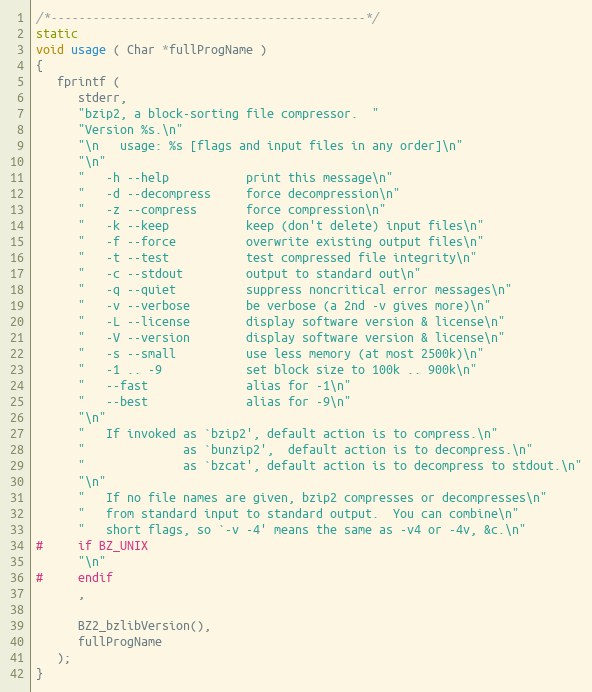
Language: C
/*---------------------------------------------*/
static
void usage ( Char *fullProgName )
{
   fprintf (
      stderr,
      "bzip2, a block-sorting file compressor.  "
      "Version %s.\n"
      "\n   usage: %s [flags and input files in any order]\n"
      "\n"
      "   -h --help           print this message\n"
      "   -d --decompress     force decompression\n"
      "   -z --compress       force compression\n"
      "   -k --keep           keep (don't delete) input files\n"
      "   -f --force          overwrite existing output files\n"
      "   -t --test           test compressed file integrity\n"
      "   -c --stdout         output to standard out\n"
      "   -q --quiet          suppress noncritical error messages\n"
      "   -v --verbose        be verbose (a 2nd -v gives more)\n"
      "   -L --license        display software version & license\n"
      "   -V --version        display software version & license\n"
      "   -s --small          use less memory (at most 2500k)\n"
      "   -1 .. -9            set block size to 100k .. 900k\n"
      "   --fast              alias for -1\n"
      "   --best              alias for -9\n"
      "\n"
      "   If invoked as `bzip2', default action is to compress.\n"
      "              as `bunzip2',  default action is to decompress.\n"
      "              as `bzcat', default action is to decompress to stdout.\n"
      "\n"
      "   If no file names are given, bzip2 compresses or decompresses\n"
      "   from standard input to standard output.  You can combine\n"
      "   short flags, so `-v -4' means the same as -v4 or -4v, &c.\n"
#     if BZ_UNIX
      "\n"
#     endif
      ,

      BZ2_bzlibVersion(),
      fullProgName
   );
}